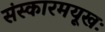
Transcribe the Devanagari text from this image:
संस्कारमयूखः